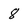
Character: 8